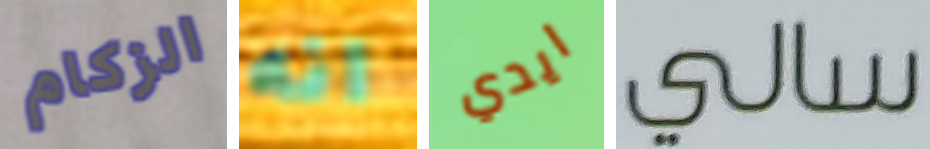
الزكام انه ايدي سالي